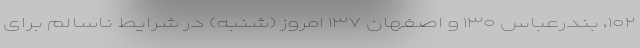
۱۰۲، بندرعباس ۱۳۰ و اصفهان ۱۳۷ امروز (شنبه) در شرایط ناسالم برای